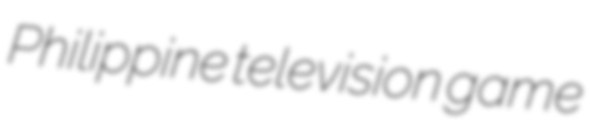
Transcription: Philippine television game